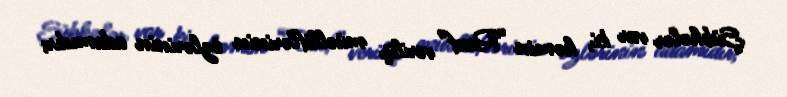
Şübhələr var ki, həmin “Rauf” veriliş müəlliflərinin özlərinin adamıdır;